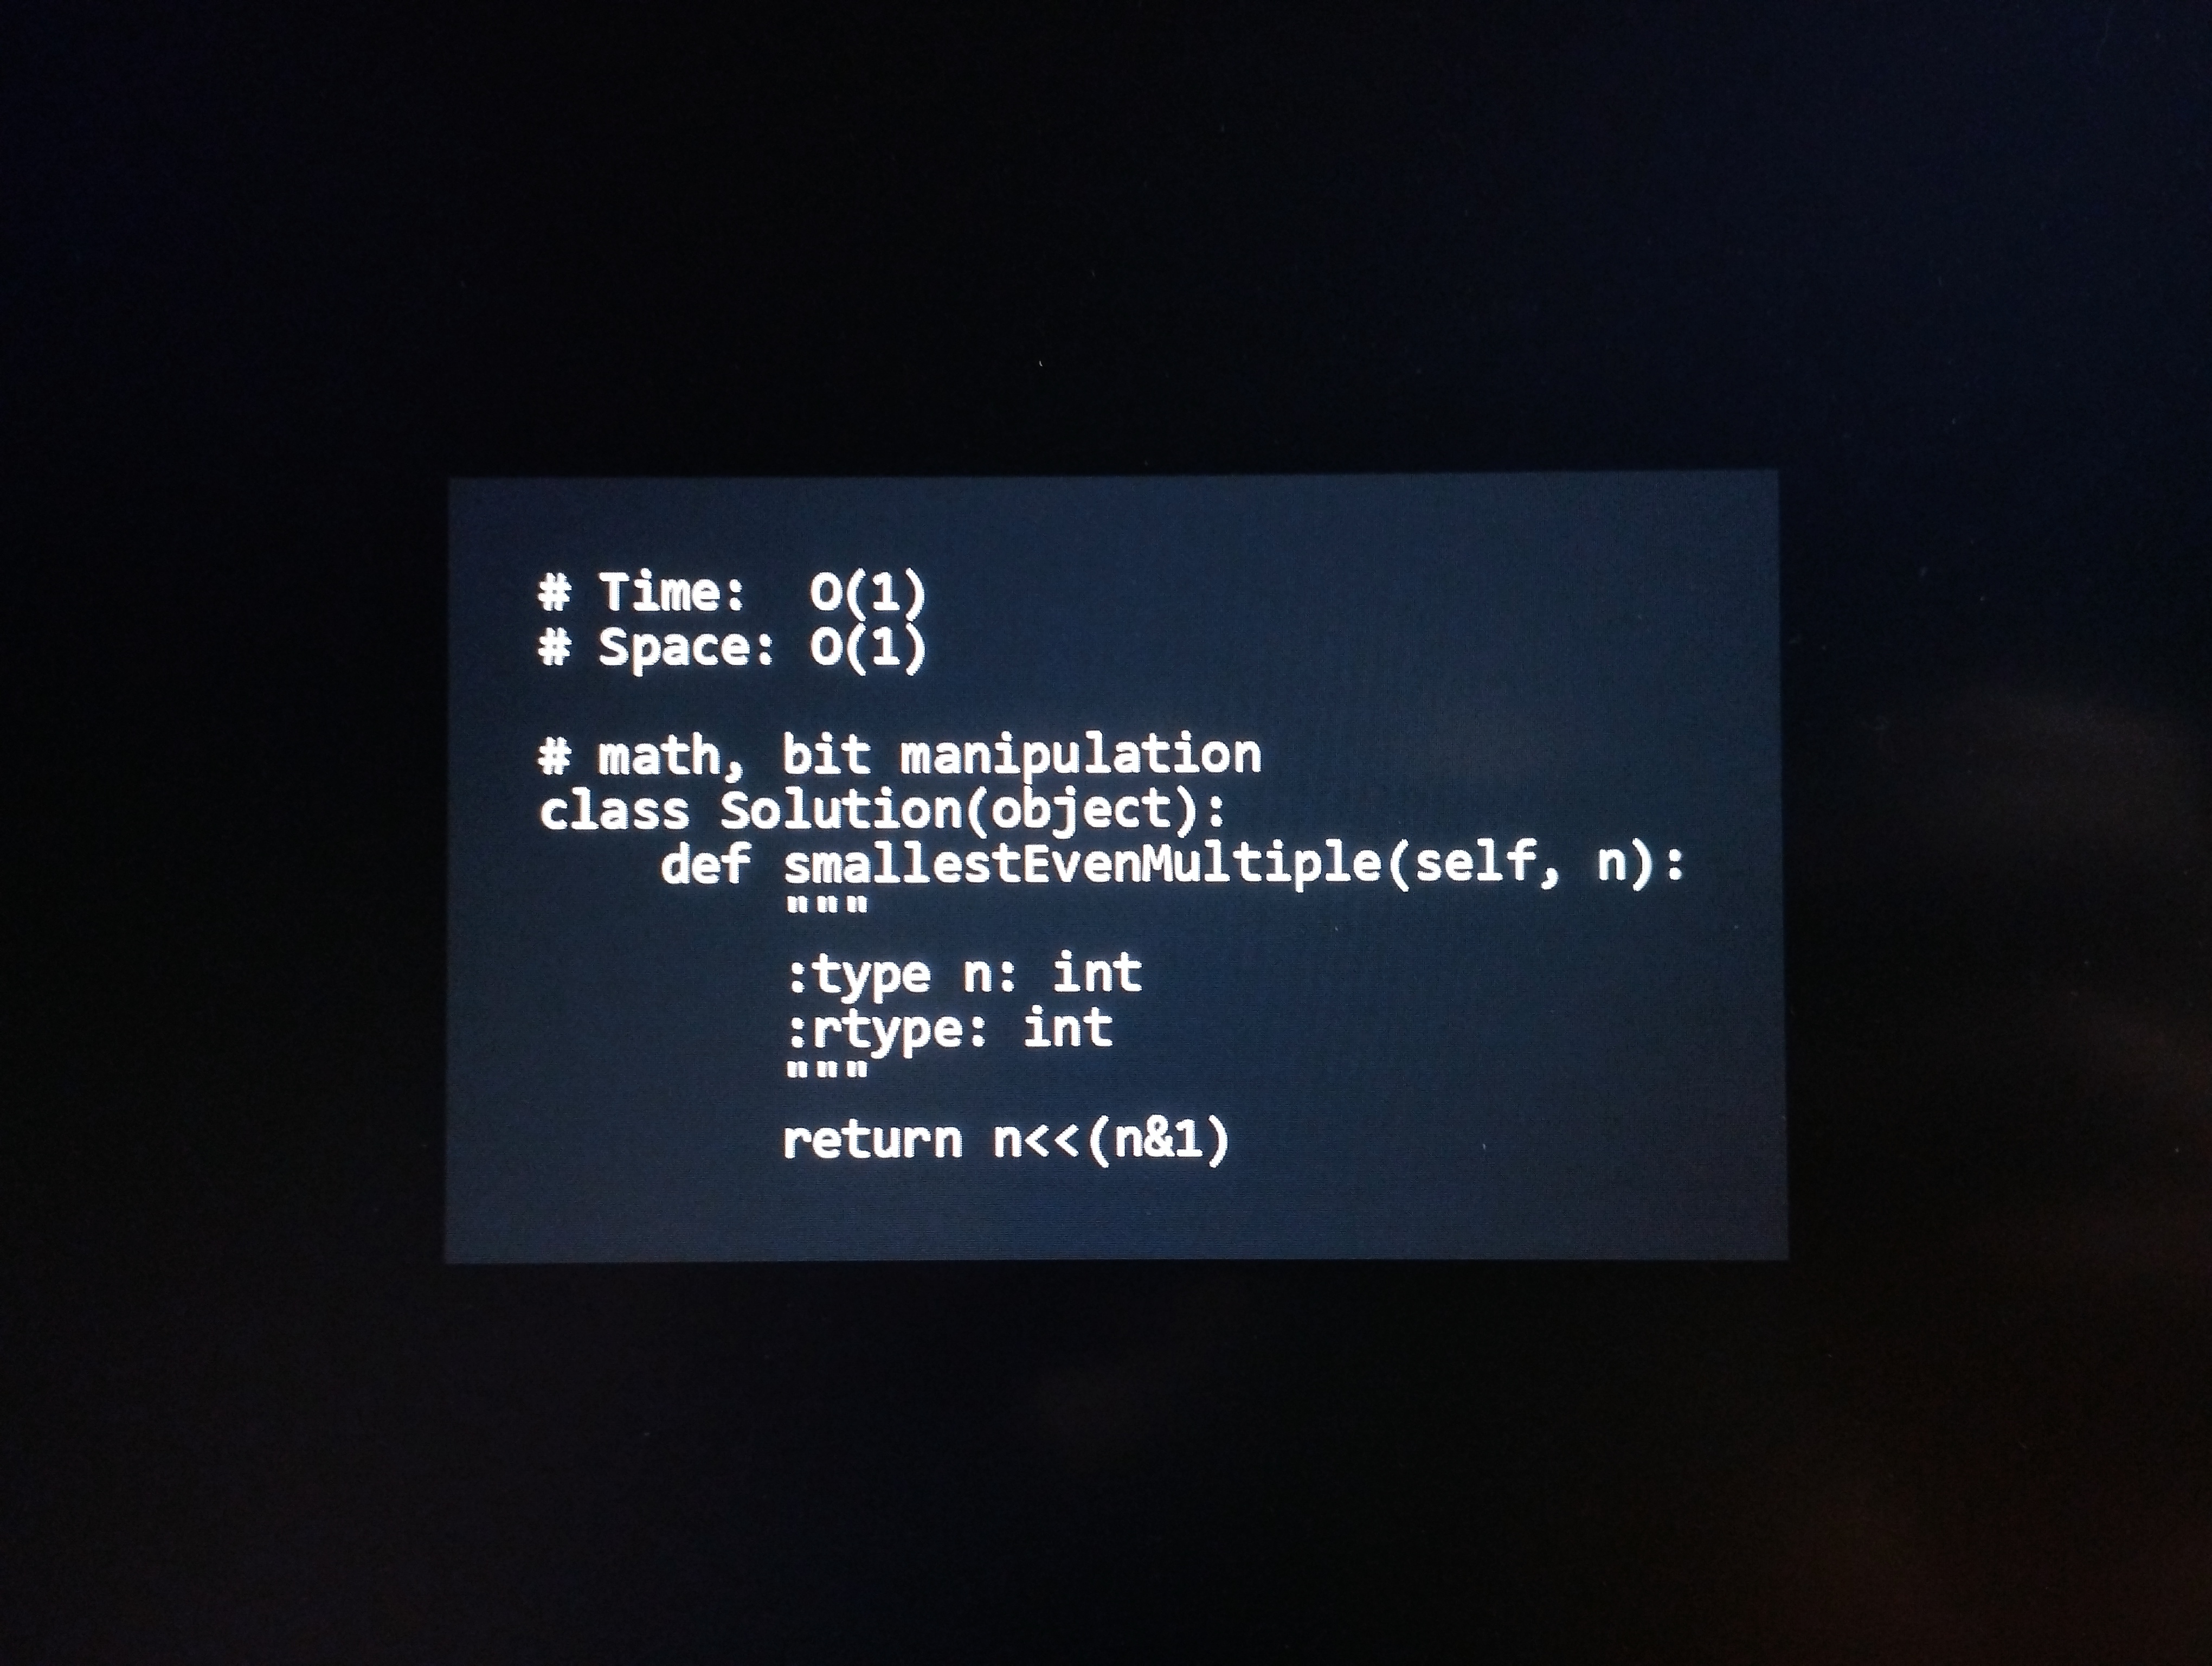
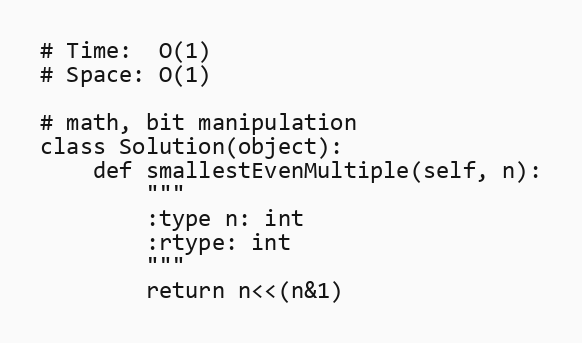
# Time:  O(1)
# Space: O(1)

# math, bit manipulation
class Solution(object):
    def smallestEvenMultiple(self, n):
        """
        :type n: int
        :rtype: int
        """
        return n<<(n&1)